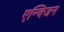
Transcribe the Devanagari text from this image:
एन्विजन